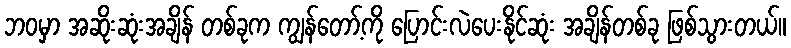
ဘဝမှာ အဆိုးဆုံးအချိန် တစ်ခုက ကျွန်တော့်ကို ပြောင်းလဲပေးနိုင်ဆုံး အချိန်တစ်ခု ဖြစ်သွားတယ်။